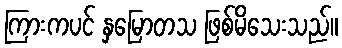
ကြားကပင် နှမြောတသ ဖြစ်မိသေးသည်။